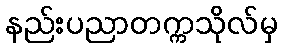
နည်းပညာတက္ကသိုလ်မှ